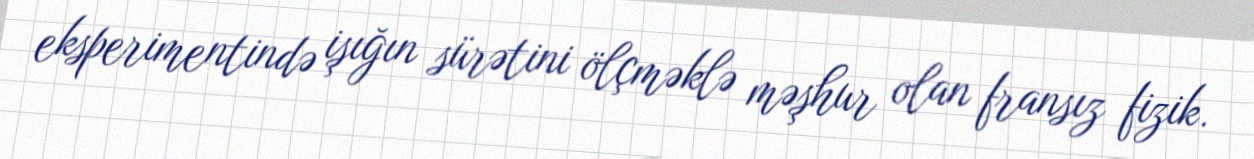
eksperimentində işığın sürətini ölçməklə məşhur olan fransız fizik.